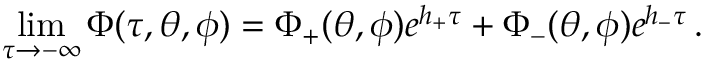
\operatorname * { l i m } _ { \tau \to - \infty } \Phi ( \tau , \theta , \phi ) = \Phi _ { + } ( \theta , \phi ) e ^ { h _ { + } \tau } + \Phi _ { - } ( \theta , \phi ) e ^ { h _ { - } \tau } \, .